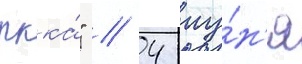
ркка́" // 4 иу́н'я